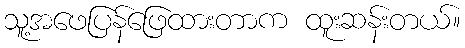
သူ့အဖေပြန်ဖြေထားတာက ထူးဆန်းတယ်။